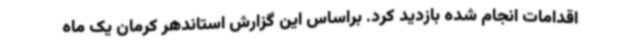
اقدامات انجام شده بازدید کرد. براساس این گزارش استاندهر کرمان یک ماه